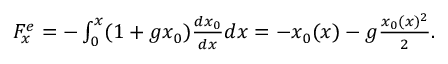
\begin{array} { r } { F _ { x } ^ { e } = - \int _ { 0 } ^ { x } ( 1 + g x _ { 0 } ) \frac { d x _ { 0 } } { d x } d x = - x _ { 0 } ( x ) - g \frac { x _ { 0 } ( x ) ^ { 2 } } { 2 } . } \end{array}